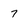
Character: 7